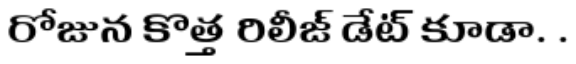
రోజున కొత్త రిలీజ్ డేట్ కూడా. .